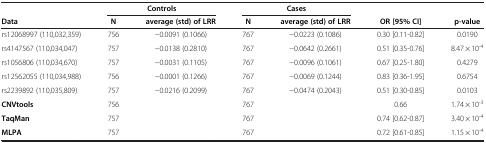
|  | <COLSPAN=2> Controls | <COLSPAN=2> Cases |  |  |
 | Data | N | average (std) of LRR | N | average (std) of LRR | OR [95%CI] | p-value |
 | --- | --- | --- | --- | --- | --- | --- |
 | rs12068997 (110,032,359) | 756 | −0.0091 (0.1066) | 767 | −0.0223 (0.1086) | 0.30 [0.11-0.82] | 0.0190 |
 | rs4147567 (110,034,047) | 757 | −0.0138 (0.2810) | 767 | −0.0642 (0.2661) | 0.51 [0.35-0.76] | 8.47 × 10-4 |
 | rs1056806 (110,034,670) | 757 | −0.0031 (0.1105) | 767 | −0.0096 (0.1061) | 0.67 [0.25-1.80] | 0.4279 |
 | rs12562055 (110,034,988) | 756 | −0.0001 (0.1266) | 767 | −0.0069 (0.1244) | 0.83 [0.36-1.95] | 0.6754 |
 | rs2239892 (110,035,809) | 757 | −0.0216 (0.2099) | 767 | −0.0474 (0.2043) | 0.51 [0.30-0.85] | 0.0103 |
 | CNVtools | 756 |  | 767 |  | 0.66 | 1.74 × 10-3 |
 | TaqMan | 757 |  | 767 |  | 0.74 [0.62-0.87] | 3.40 × 10-4 |
 | MLPA | 757 |  | 767 |  | 0.72 [0.61-0.85] | 1.15 × 10-4 |